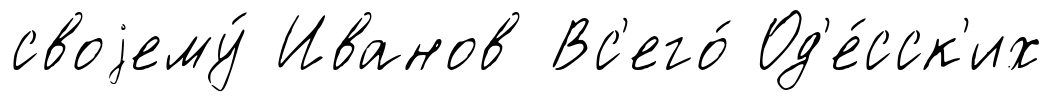
своjему́ Иванов Вс'его́ Од'е́сск'их